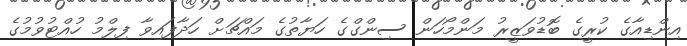
އިންޑިއާގެ ކުރީގެ ބޮޑުވަޒީރު މަންމޯހަން ސިންގްގެ ހަޔާތުގެ މައްޗަށް ހަދާފައިވާ ފިލްމު ހުއްޓުވުމުގެ